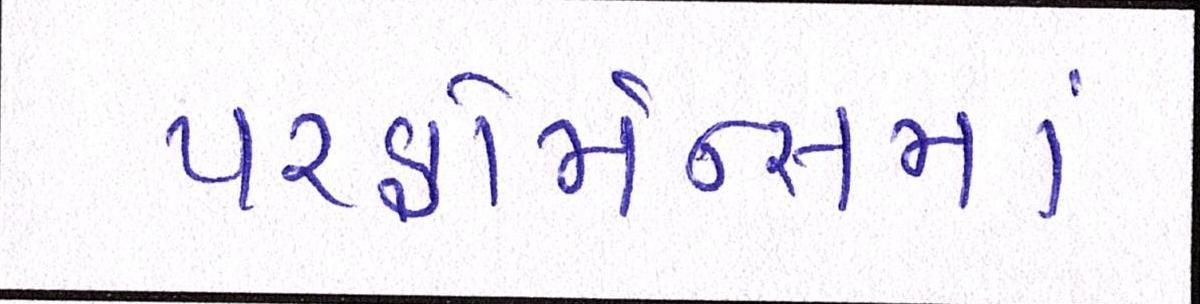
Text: પરફોર્મન્સમાં